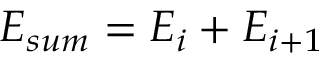
E _ { s u m } = E _ { i } + E _ { i + 1 }